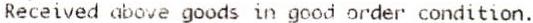
RECEIVED ABOVE GOODS IN GOOD ORDER CONDITION.